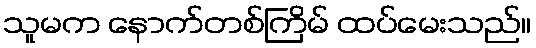
သူမက နောက်တစ်ကြိမ် ထပ်မေးသည်။